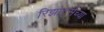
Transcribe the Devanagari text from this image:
रिझोर्ट्सच्या